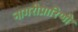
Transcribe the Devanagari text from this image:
नागरीप्रारिणी